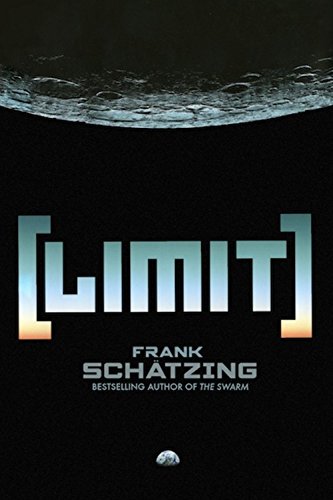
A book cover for Limit; Frank Schatzing; Science Fiction & Fantasy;